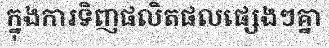
ក្នុងការទិញផលិតផលផ្សេងៗគ្នា